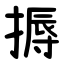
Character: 搙